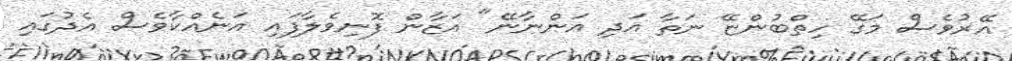
އޭރުވެސް މަގޭ ހިތްބުންޏޭ ނަތާ އަދި އަންނާނޭ" އަޒާން ފޮނިވެލާފައި އަނެއްކާވެސް އެދުގައި